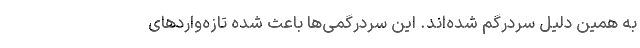
به همین دلیل سردرگم شده‌اند. این سردرگمی‌ها باعث شده تازه‌واردهای